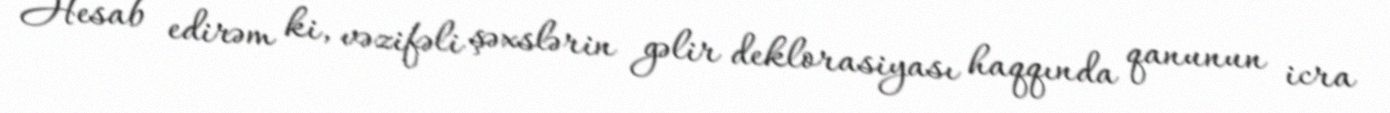
Hesab edirəm ki, vəzifəli şəxslərin gəlir deklorasiyası haqqında qanunun icra